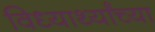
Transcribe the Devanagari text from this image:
विध्यार्थ्यांच्या